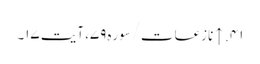
۴۱. ↑ نازعات/سوره۷۹، آیت ۱۷۔